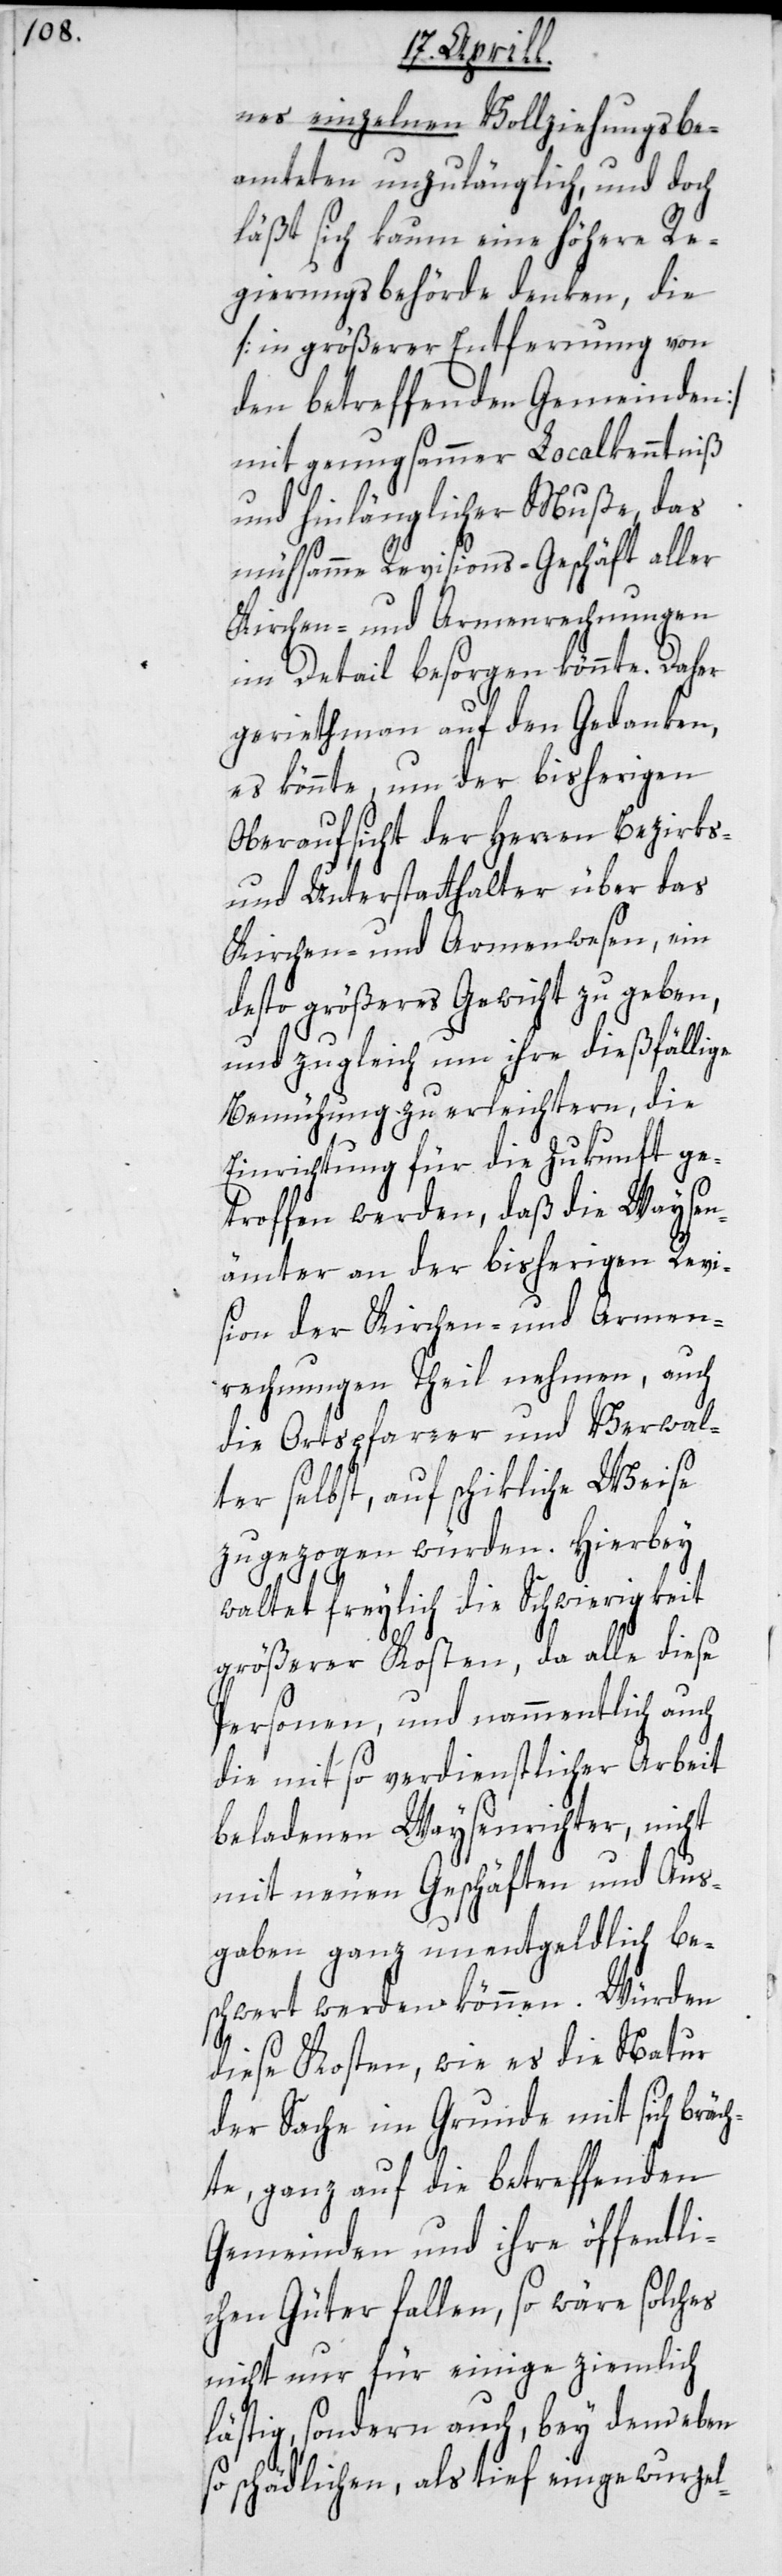
nes einzelnen Vollziehungsbe¬
amteten unzulänglich, und doch
läßt sich kaum eine höhere Re¬
gierungsbehörde denken, die
[in größerer Entfernung von
den betreffenden Gemeinden]
mit genugsammer Localkenntniß
und hinlänglicher Muße, das
mühsamme Revisions-Geschäft aller
Kirchen- und Armenrechnungen
im Detail besorgen könnte. Daher
gerieth man auf den Gedanken,
es könnte, um der bisherigen
Oberaufsicht der Herren Bezirks-
und Unterstatthalter über das
Kirchen- und Armenwesen, ein
desto größeres Gewicht zu geben,
und zugleich um ihre dießfällige
Bemühung zu erleichtern, die
Einrichtung für die Zukunft ge¬
troffen werden, daß die Waysen¬
ämter an der bisherigen Revi¬
sion der Kirchen- und Armen¬
rechnungen Theil nehmen, auch
die Ortspfarrer und Verwal¬
ter selbst, auf schikliche Weise
zugezogen würden. Hierbey
waltet freylich die Schwierigkeit
größerer Kosten, da alle diese
Personen, und nammentlich auch
die mit so verdienstlicher Arbeit
beladenen Waysenrichter, nicht
mit neuen Geschäften und Aus¬
gaben ganz unentgeldlich be¬
schwert werden können. Würden
diese Kosten, wie es die Natur
der Sache im Grunde mit sich bräc¬
hte, ganz auf die betreffenden
Gemeinden und ihre öffentli¬
chen Güter fallen, so wäre solches
nicht nur für einige ziemlich
lästig, sondern auch, bey dem eben
so schädlichen, als tief eingewurzel-